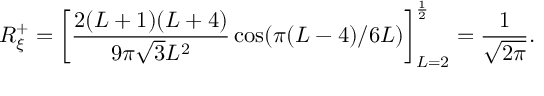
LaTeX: R _ { \xi } ^ { + } = \left[ \frac { 2 ( L + 1 ) ( L + 4 ) } { 9 \pi \sqrt { 3 } L ^ { 2 } } \cos ( \pi ( L - 4 ) / 6 L ) \right] _ { L = 2 } ^ { \frac { 1 } { 2 } } = \frac { 1 } { \sqrt { 2 \pi } } .